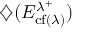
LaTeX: { \diamondsuit ( E _ { \operatorname { c f } ( \lambda ) } ^ { \lambda ^ { + } } } )